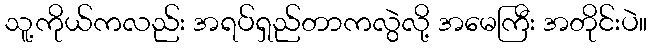
သူ့ကိုယ်ကလည်း အရပ်ရှည်တာကလွဲလို့ အမေကြီး အတိုင်းပဲ။